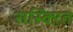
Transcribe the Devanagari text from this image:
संस्क्ऱित